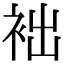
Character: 袦